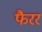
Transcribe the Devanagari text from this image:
फैरर